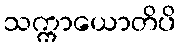
သက္ကာယောတိပိ